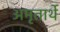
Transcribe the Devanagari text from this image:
अमृतार्थे